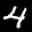
Label: 4